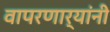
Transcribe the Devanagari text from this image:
वापरणार्‍यांनी